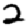
Digit: 2